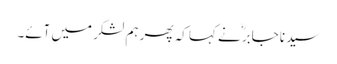
سیدنا جابرؓ نے کہا کہ پھر ہم لشکر میں آئے۔